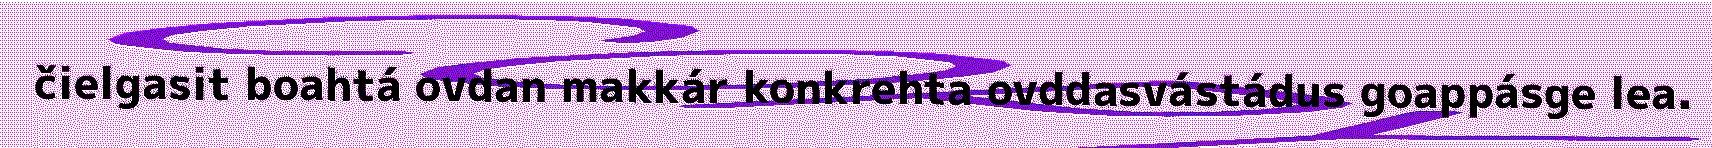
čielgasit boahtá ovdan makkár konkrehta ovddasvástádus goappásge lea.